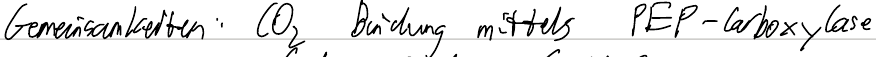
Gemeinsamkeiten: CO2 Bindung mittels PEP-Carboxylase